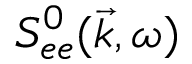
S _ { e e } ^ { 0 } ( \vec { k } , \omega )